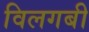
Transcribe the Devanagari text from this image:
विलगबी